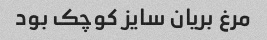
مرغ بریان سایز کوچک بود